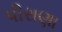
પીરાણા